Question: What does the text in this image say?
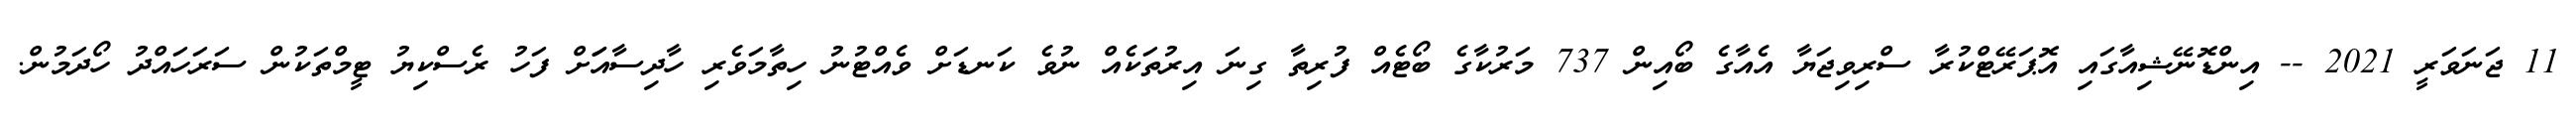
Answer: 11 ޖަނަވަރީ 2021 -- އިންޑޮނޭޝިއާގައި އޮޕަރޭޓްކުރާ ސްރިވިޖަޔާ އެއާގެ ބޯއިން 737 މަރުކާގެ ބޯޓެއް ފުރިތާ ގިނަ އިރުތަކެއް ނުވެ ކަނޑަށް ވެއްޓުނު ހިތާމަވެރި ހާދިސާއަަށް ފަހު ރެސްކިޔު ޓީމްތަކުން ސަރަހައްދު ހޯދަމުން.